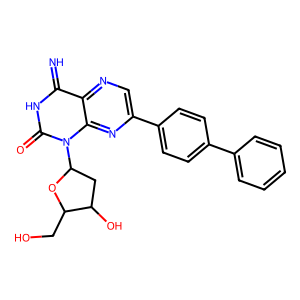
SMILES: N=c1[nH]c(=O)n(C2CC(O)C(CO)O2)c2nc(-c3ccc(-c4ccccc4)cc3)cnc12
Inhibits HIV replication: No